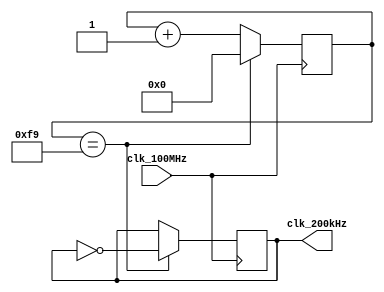
`timescale 1ns / 1ps
//////////////////////////////////////////////////////////////////////////////////
// Company: 
// Engineer: 
// 
// Design Name: 
// Module Name: clkgen_200kHz
// Project Name: 
// Target Devices: 
// Tool Versions: 
// Description: 
// 
// Dependencies: 
// 
// Revision:
// Revision 0.01 - File Created
// Additional Comments:
// 
//////////////////////////////////////////////////////////////////////////////////

module clkgen_200kHz(
    input clk_100MHz,
    output clk_200kHz
    );
    
    // 100 x 10^6 / 200 x 10^3 / 2 = 250 <-- 8 bit counter
    reg [7:0] counter = 8'h00;
    reg clk_reg = 1'b1;
    
    always @(posedge clk_100MHz) 
    begin
        if(counter == 249) 
        begin
            counter <= 8'h00;
            clk_reg <= ~clk_reg;
        end
        else
            counter <= counter + 1;
    end  
    assign clk_200kHz = clk_reg;    

endmodule